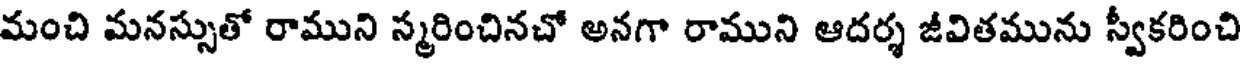
మంచి మనస్సుతో రాముని స్మరించినచో అనగా రాముని ఆదర్శ జీవితమును స్వీకరించి